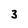
Character: 3